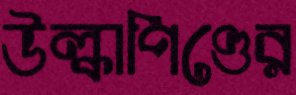
উল্কাপিণ্ডের